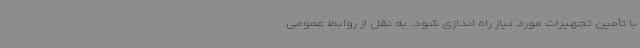
با تأمین تجهیزات مورد نیاز راه اندازی شود. به نقل از روابط عمومی